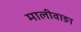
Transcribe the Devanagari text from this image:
मालीवाङा